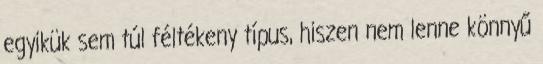
egyikük sem túl féltékeny típus, hiszen nem lenne könnyű